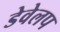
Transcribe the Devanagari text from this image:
डेवेलप